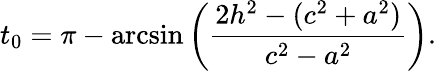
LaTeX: t_{0}=\pi-\arcsin\left(\frac{2h^{2}-(c^{2}+a^{2})}{c^{2}-a^{2}}\right).